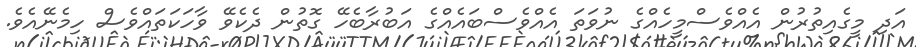
އަދި މީގެއިތުރުން އެއްވެސްމީހެއްގެ ނުވަތަ އެއްވެސްބައެއްގެ އަބުރާބެހޭ ގޮތުން ދެކެވޭ ވާހަކަތައްވެސް ހިމެނޭއެވެ.